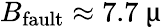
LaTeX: B_{\textrm{fault}}\approx 7.7~\upmu